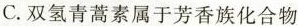
C.双氢青蒿素属于芳香族化合物